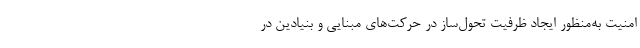
امنیت به‌منظور ایجاد ظرفیت تحول­ساز در حرکت‌های مبنایی و بنیادین در